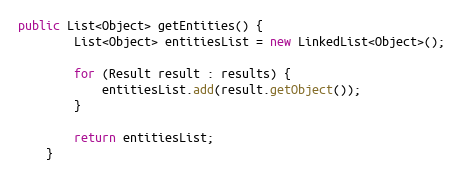
Language: Java
public List<Object> getEntities() {
		List<Object> entitiesList = new LinkedList<Object>();

		for (Result result : results) {
			entitiesList.add(result.getObject());
		}

		return entitiesList;
	}